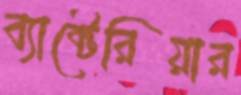
ব্যাক্টেরিয়ার